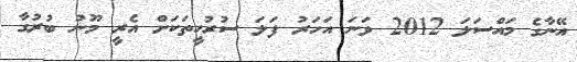
އޭނާގެ މައްސަލަ 2012 ވަނަ އަހަރު ފަލަ ސުރުހީތަކަށް އެރީ މޫނު ބުރުގާ